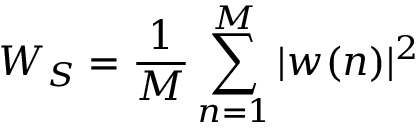
W _ { S } = \frac { 1 } { M } \sum _ { n = 1 } ^ { M } | w ( n ) | ^ { 2 }